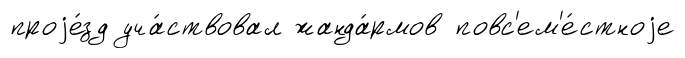
проjе́зд уча́ствовал жанда́рмов повс'ем'е́стноjе